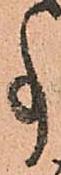
事